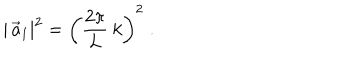
| \, \vec { a } _ { 1 } | ^ { 2 } = \left( \frac { 2 \pi } { L } \: k \right) ^ { 2 } \; .